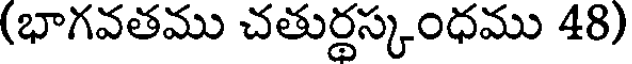
(భాగవతము చతుర్థస్కంధము 48)